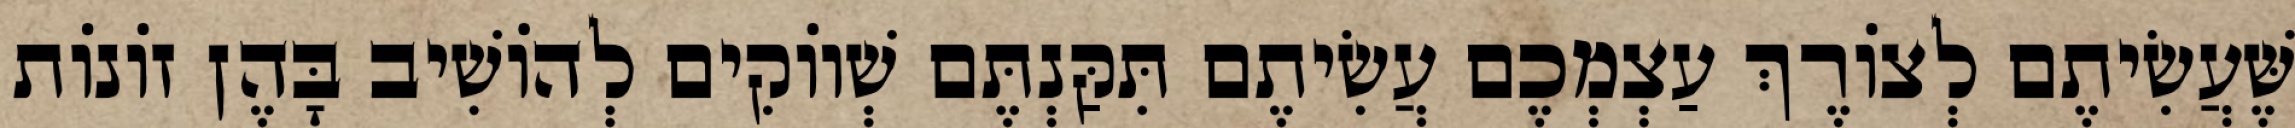
שֶּׁעֲשִׂיתֶם לְצוֹרֶךְ עַצְמְכֶם עֲשִׂיתֶם תִּקַּנְתֶּם שְׁווֹקִים לְהוֹשִׁיב בָּהֶן זוֹנוֹת